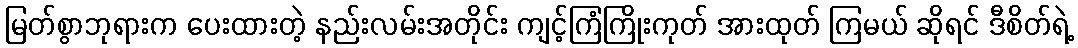
မြတ်စွာဘုရားက ပေးထားတဲ့ နည်းလမ်းအတိုင်း ကျင့်ကြံကြိုးကုတ် အားထုတ် ကြမယ် ဆိုရင် ဒီစိတ်ရဲ့